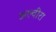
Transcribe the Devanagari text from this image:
अल्वीरा